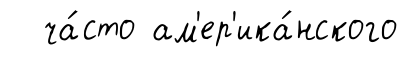
ча́сто ам'ер'ика́нского